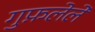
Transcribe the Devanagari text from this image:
गुफ़लेले